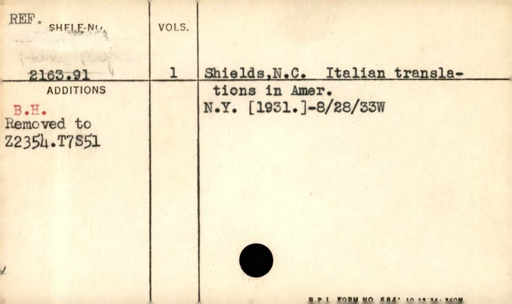
Label: content